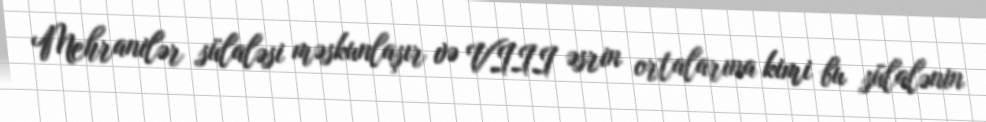
Mehranilər sülaləsi məskunlaşır və VIII əsrin ortalarına kimi bu sülalənin